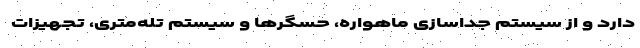
دارد و از سیستم جداسازی ماهواره، حسگرها و سیستم تله‌متری، تجهیزات